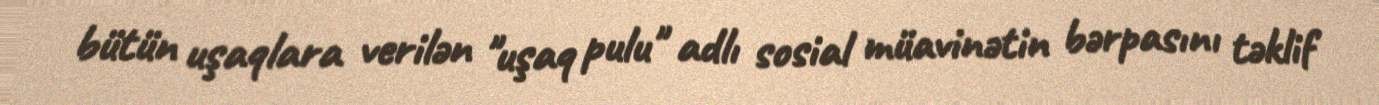
bütün uşaqlara verilən "uşaq pulu" adlı sosial müavinətin bərpasını təklif